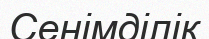
Сенімділік